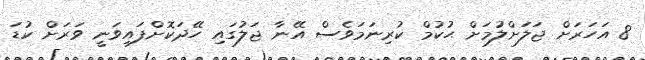
8 އަހަރަށް ޖަލަށްލުމަށް ޙުކުމް ކުރިނަމަވެސް އޭނާ ޖަލުގައި ހޭދަކޮށްފައިވަނީ ވަރަށް ކުޑަ